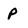
Character: p